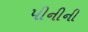
પીનીની